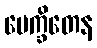
ပေက္ခိတေန